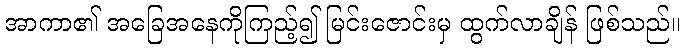
အာကာ၏ အခြေအနေကိုကြည့်၍ မြင်းဇောင်းမှ ထွက်လာချိန် ဖြစ်သည်။